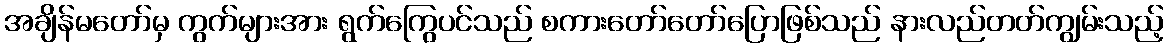
အချိန်မတော်မှ ကွက်များအား ရွက်ကြွေပင်သည် စကားတော်တော်ပြောဖြစ်သည် နားလည်တတ်ကျွမ်းသည့်